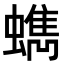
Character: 𧓈